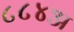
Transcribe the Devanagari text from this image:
८८४अ